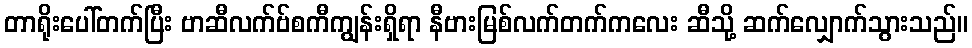
တာရိုးပေါ်တက်ပြီး ဗာဆီလက်ဗ်စကီကျွန်းရှိရာ နီဗားမြစ်လက်တက်ကလေး ဆီသို့ ဆက်လျှောက်သွားသည်။